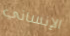
الإنساني